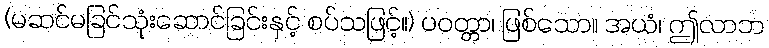
(မဆင်မခြင်သုံးဆောင်ခြင်းနှင့် စပ်သဖြင့်။) ပဝတ္တာ၊ ဖြစ်သော။ အယံ၊ ဤလာဘ